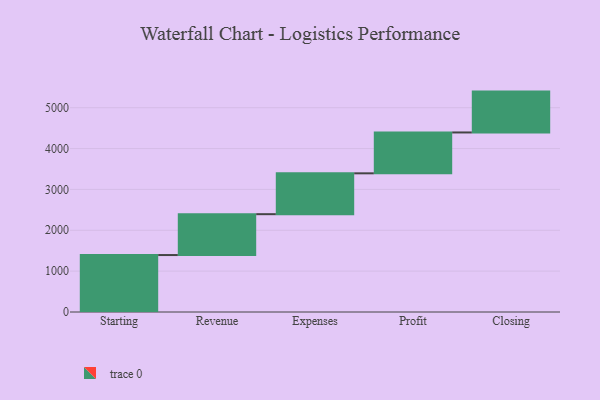
{"axis": {"x": "Step", "y": "Value"}, "legend": [""], "data": [{"x": "Starting", "y": 1394.0, "type": ""}, {"x": "Revenue", "y": 1000, "type": ""}, {"x": "Expenses", "y": 1000, "type": ""}, {"x": "Profit", "y": 1000, "type": ""}, {"x": "Closing", "y": 1000, "type": ""}]}